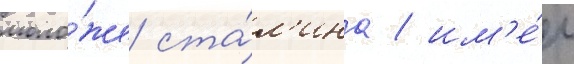
моло́же ста́л'ина / им'е́л